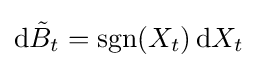
\mathrm {d} {\tilde {B}}_{t}=\operatorname {sgn}(X_{t})\,\mathrm {d} X_{t}